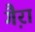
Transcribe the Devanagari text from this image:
गै़रा